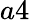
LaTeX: a4